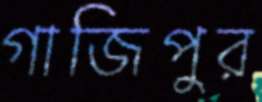
গাজিপুর